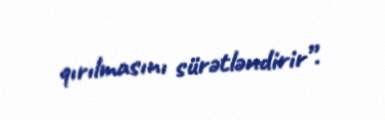
qırılmasını sürətləndirir”.